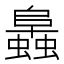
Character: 䘀